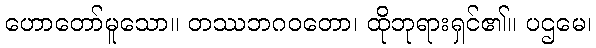
ဟောတော်မူသော။ တဿဘဂဝတော၊ ထိုဘုရားရှင်၏။ ပဌမေ၊